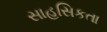
સાહસિકતા